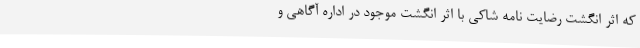
که اثر انگشت رضایت نامه شاکی با اثر انگشت موجود در اداره آگاهی و